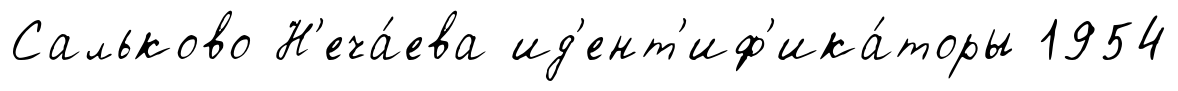
Сальково Н'еча́ева ид'ент'иф'ика́торы 1954